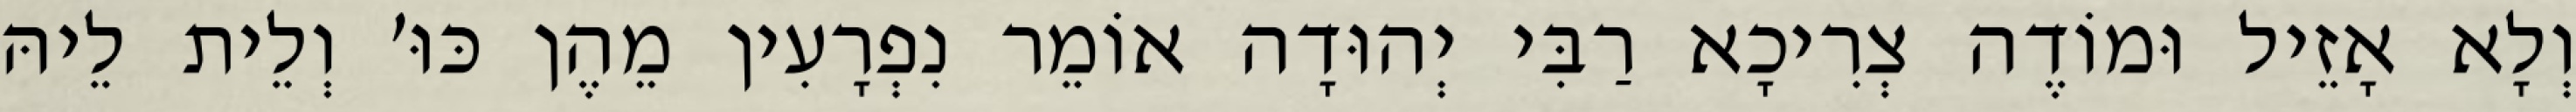
וְלָא אָזֵיל וּמוֹדֶה צְרִיכָא רַבִּי יְהוּדָה אוֹמֵר נִפְרָעִין מֵהֶן כּוּ׳ וְלֵית לֵיהּ